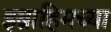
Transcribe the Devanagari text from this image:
इब्राहिमच्या